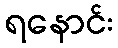
ရနောင်း